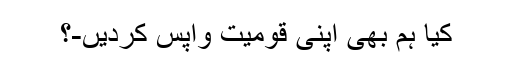
کیا ہم بھی اپنی قومیت واپس کردیں-؟